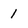
Character: 1